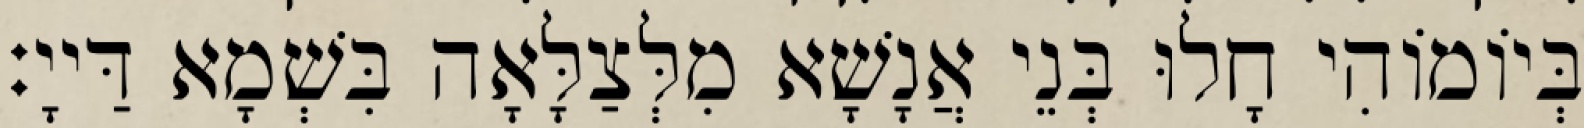
בְּיוֹמוֹהִי חָלוּ בְּנֵי אֲנָשָׁא מִלְּצַלָּאָה בִּשְׁמָא דַּייָ׃